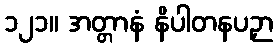
၁၂၁။ အတ္တာနံ နိပါတနပဉှာ